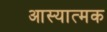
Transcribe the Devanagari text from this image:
आस्यात्मक